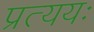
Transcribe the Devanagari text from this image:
प्रत्ययः